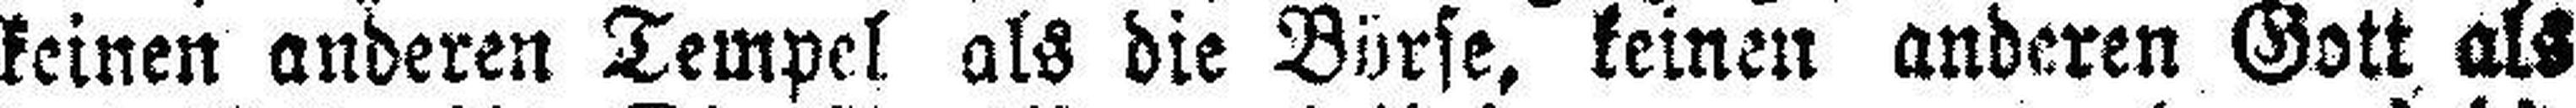
keinen anderen Tempel als die Börse, keinen anderen Gott als